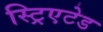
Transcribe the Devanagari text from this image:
स्ट्रिएटेड